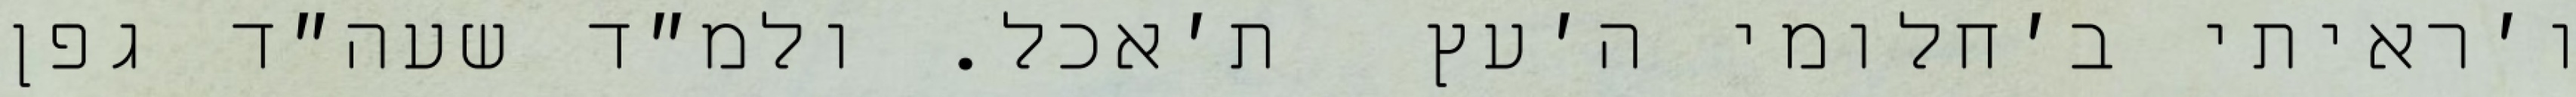
ו׳ראיתי ב׳חלומי ה׳עץ  ת׳אכל. ולמ״ד שעה״ד גפן